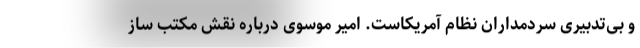
و بی‌تدبیری سردمداران نظام آمریکاست. امیر موسوی درباره نقش مکتب ساز